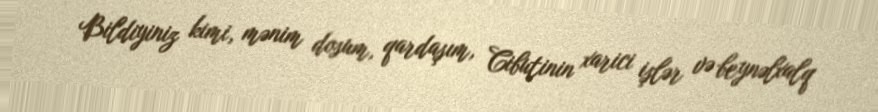
Bildiyiniz kimi, mənim dosum, qardaşım, Cibutinin xarici işlər və beynəlxalq